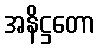
အနိဋ္ဌတော